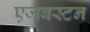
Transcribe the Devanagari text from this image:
एजबस्टन